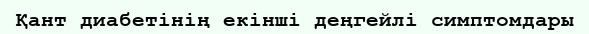
Қант диабетінің екінші деңгейлі симптомдары